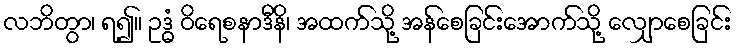
လဘိတွာ၊ ရ၍။ ဥဒ္ဓံ ဝိရေစနာဒီနိ၊ အထက်သို့ အန်စေခြင်းအောက်သို့ လျှောစေခြင်း